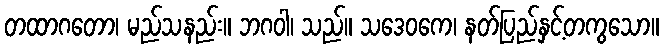
တထာဂတော၊ မည်သနည်း။ ဘဂဝါ၊ သည်။ သဒေဝကေ၊ နတ်ပြည်နှင့်တကွသော။